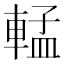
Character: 𬧷